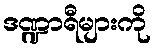
ဒဏ္ဍာရီများကို